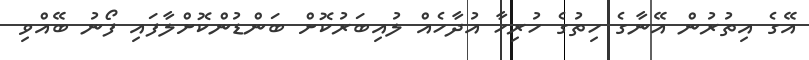
އޭގެ އިތުރުން އޭނާގެ ހިތުގެ ހުރިހާ އުދާހެއް ލުއިބަރުކޮށް ބަންޑުންކޮށްލާފައި ފޯނު ބޭއްވި